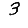
Digit: 3